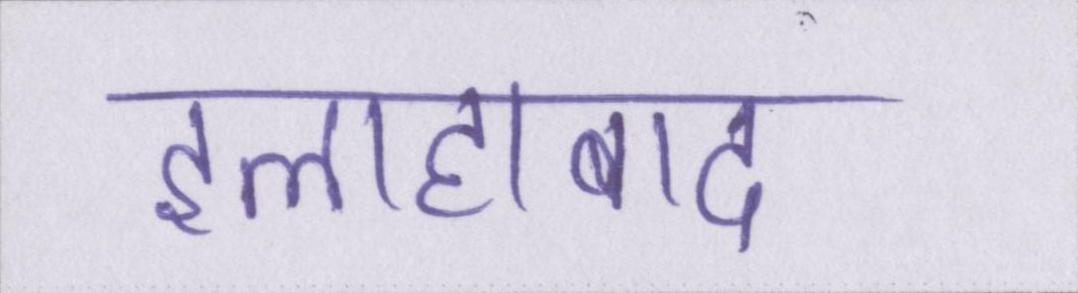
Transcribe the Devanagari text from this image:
इलाहाबाद